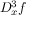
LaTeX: D _ { x } ^ { 3 } f